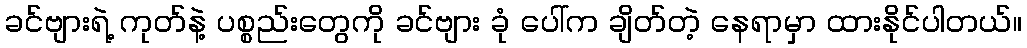
ခင်ဗျားရဲ့ ကုတ်နဲ့ ပစ္စည်းတွေကို ခင်ဗျား ခုံ ပေါ်က ချိတ်တဲ့ နေရာမှာ ထားနိုင်ပါတယ်။